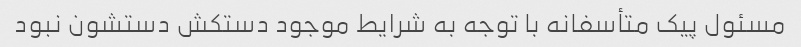
مسئول پیک متأسفانه با توجه به شرایط موجود دستکش دستشون نبود